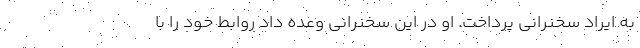
به ایراد سخنرانی پرداخت. او در این سخنرانی وعده داد روابط خود را با